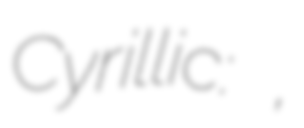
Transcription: Cyrillic: Драгана Гладовић,